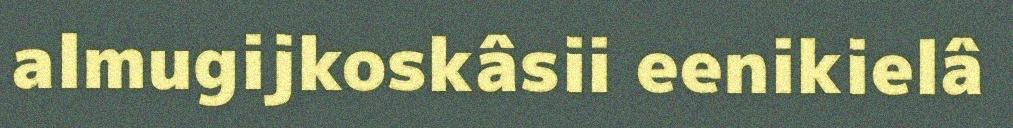
almugijkoskâsii eenikielâ